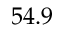
5 4 . 9